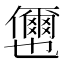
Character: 𭀎